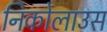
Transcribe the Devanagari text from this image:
निकोलाउस